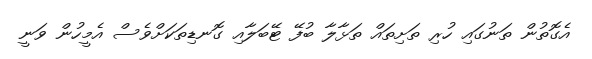
އެގޮތުން ތަނުގައި ހުރި ތަށިތައް ތަޅާލާ ބުފޭ ޓޭބަލާއި ގޮނޑިތަކަށްވެސް އެމީހުން ވަނީ